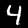
Label: 4